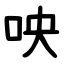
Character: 咉